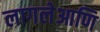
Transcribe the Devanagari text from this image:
लागलेआणि